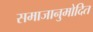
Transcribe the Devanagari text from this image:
समाजानुमोदित